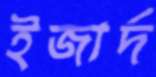
ইজার্দ